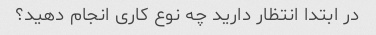
در ابتدا انتظار دارید چه نوع کاری انجام دهید؟